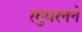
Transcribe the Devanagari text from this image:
रघुवरनने